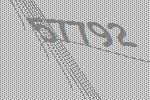
57792